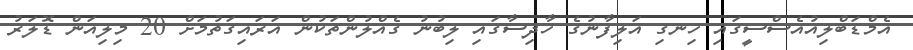
އެމްޑަބްލިއުއެސްސީގައި ހިނގި އަލިފާނުގެ ހާދިސާގައި ލިބުނު ގެއްލުންތަކުން އަރައިގަތުމަށް 20 މިލިއަން ޑޮލަރު